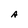
Character: A